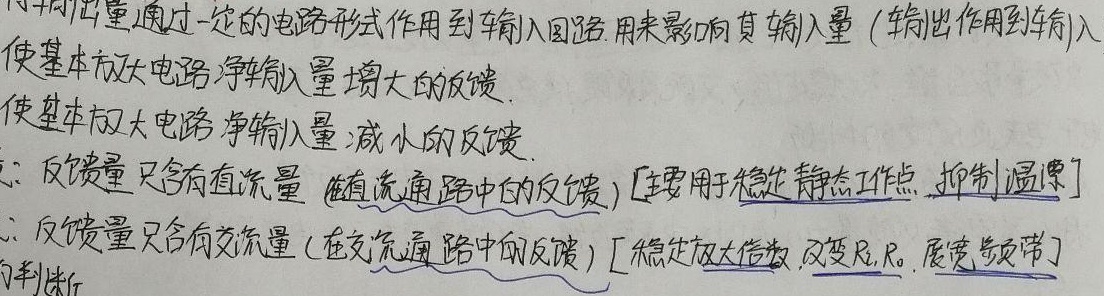
反馈量通过一定的电路形式作用到输入回路，用来影响其输入量（输出作用到输入）。
- 使基本放大电路净输入量增大的反馈。
- 使基本放大电路净输入量减小的反馈。

直：反馈量只含有直流量（直流通路中的反馈）[主要用于稳定静态工作点，抑制温漂]
交：反馈量只含有交流量（在交流通路中的反馈）[稳定放大倍数，改变\(R_i\),\(R_o\)，展宽频带]的判断